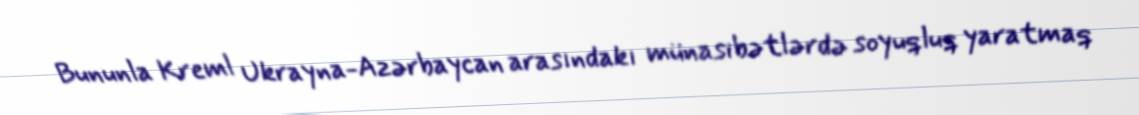
Bununla Kreml Ukrayna-Azərbaycan arasındakı münasibətlərdə soyuqluq yaratmaq